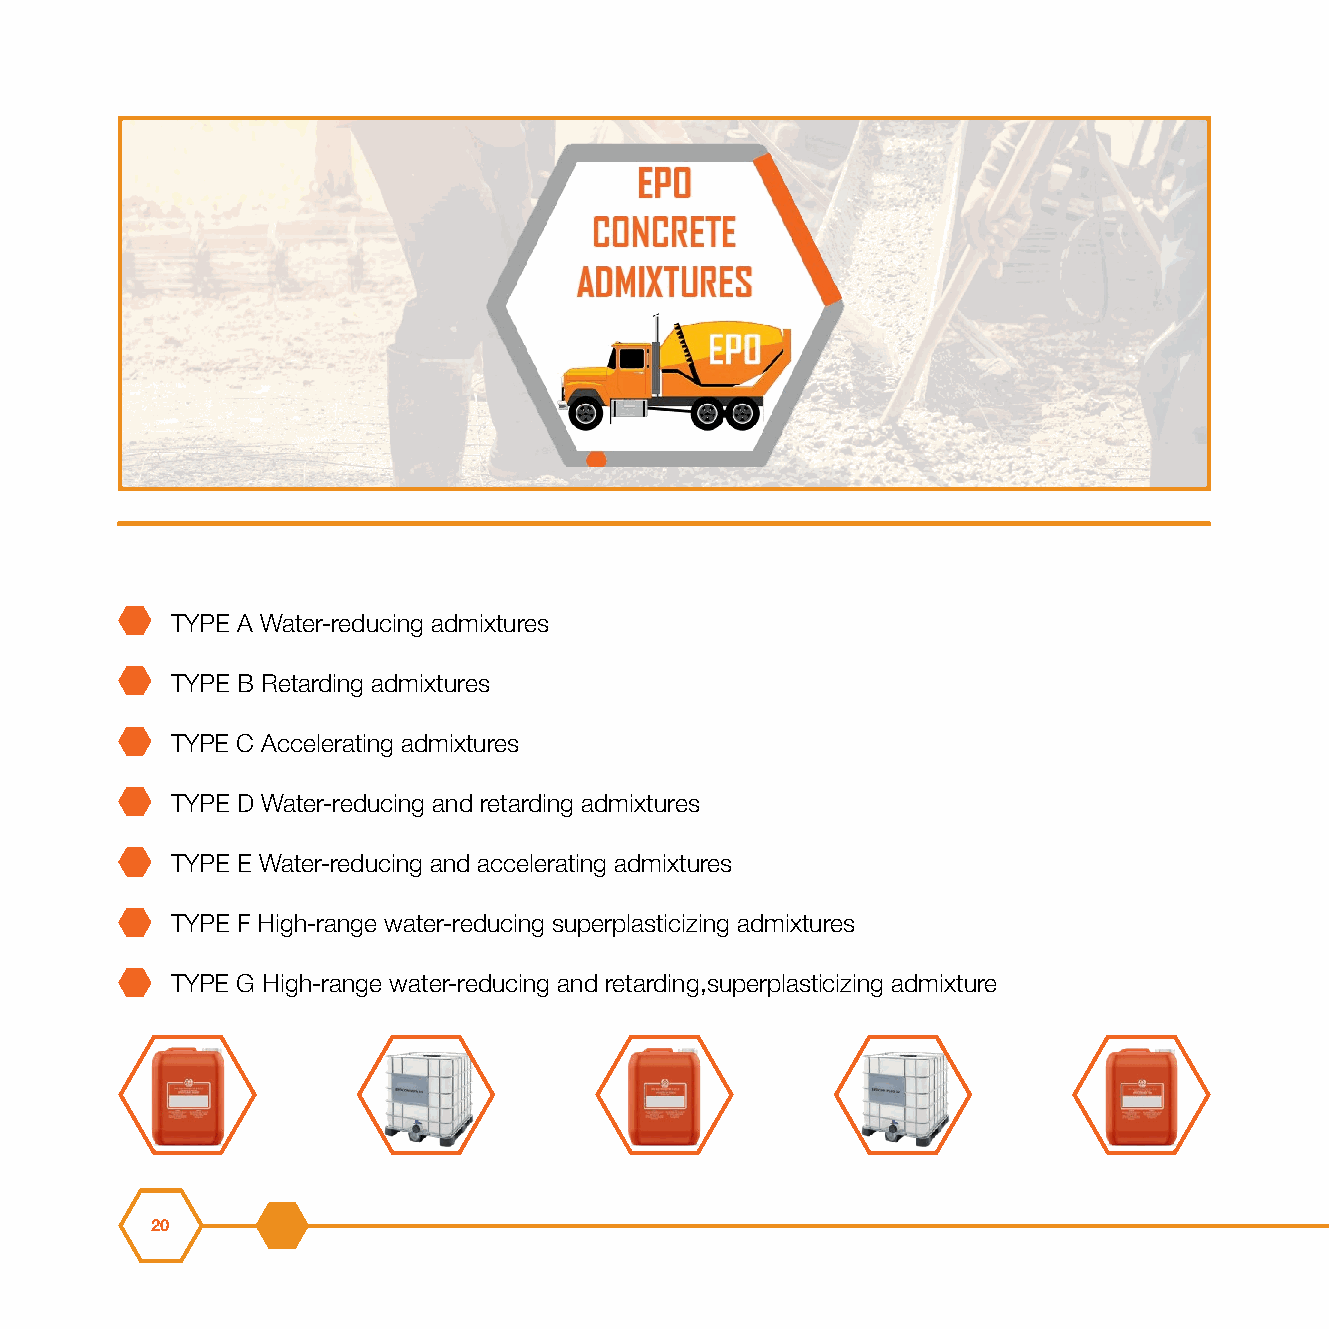
TYPE A Water-reducing admixtures
 TYPE B Retarding admixtures
 TYPE C Accelerating admixtures
 TYPE D Water-reducing and retarding admixtures
 TYPE E Water-reducing and accelerating admixtures
 TYPE F High-range water-reducing superplasticizing admixtures
 TYPE G High-range water-reducing and retarding,superplasticizing admixture
 20